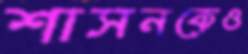
শাসনকেও